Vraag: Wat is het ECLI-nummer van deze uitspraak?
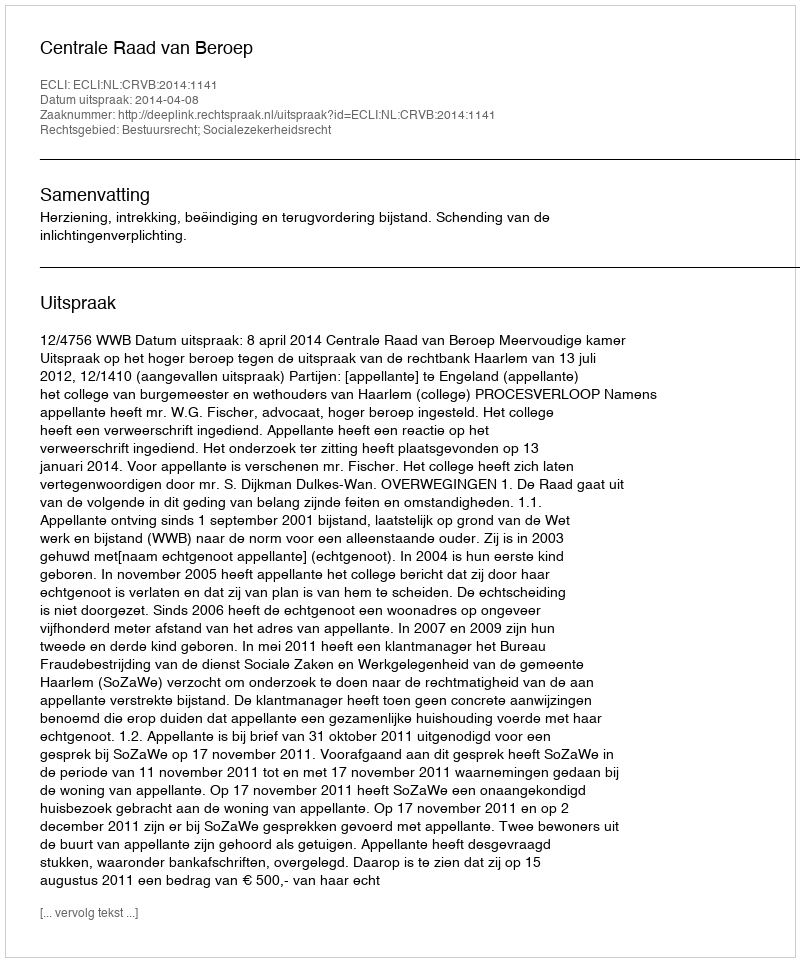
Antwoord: ECLI:NL:CRVB:2014:1141